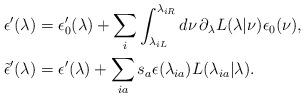
LaTeX: \begin{align*} \epsilon'(\lambda) &= \epsilon_0'(\lambda)+\sum_i\int_{\lambda_{iL}}^{\lambda_{iR}}d\nu\, \partial_{\lambda}L(\lambda|\nu)\epsilon_0(\nu),\\ \tilde{\epsilon}'(\lambda) & = \epsilon'(\lambda) + \sum_{ia}s_a\epsilon(\lambda_{ia})L(\lambda_{ia}|\lambda).\end{align*}